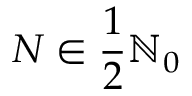
N \in \frac 1 2 \ensuremath { \mathbb { N } } _ { 0 }